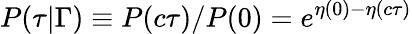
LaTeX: P(\tau\vert\Gamma)\equiv P(c\tau)/P(0)=e^{\eta(0)-\eta(c\tau)}